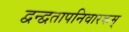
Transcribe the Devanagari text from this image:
द्वन्द्वतापनिवारकम्